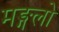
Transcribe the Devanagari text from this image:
मङ्गलो